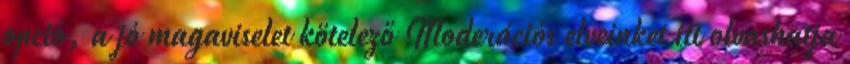
opció, a jó magaviselet kötelező Moderációs elveinket itt olvashatja